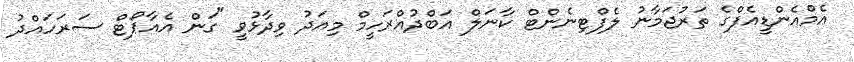
އެމްއެންޑީއެފްގެ ތަރުޖަމާނު ލެފްޓިނެންޓް ކާނަލް އަބްދުއްރަހީމް މިއަދު ވިދާޅުވީ "ގަން އެއާޕޯޓް ސަރަހައްދު